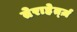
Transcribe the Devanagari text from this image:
तेराहेर्त्ज़